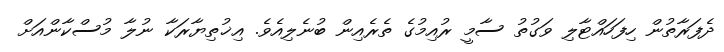
ދެފަރާތުން ހިފަހައްޓާލި ވަގުތު ސާމީ ރުއިމުގެ ތެރެއިން ބުނެލިއެވެ. އިޚުތިޔާރަކާ ނުލާ މުސްކާންއަށް